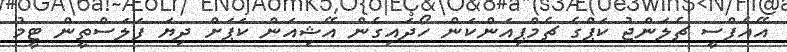
އޭއެފްސީ ޗެލަންޖު ކަޕްގެ ޗެމްޕިއަންކަން ހޯދައިގެން އޭޝިއަން ކަޕަށް ދިޔަ ފަލަސްތީން ޓީމު